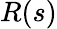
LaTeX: R(s)